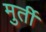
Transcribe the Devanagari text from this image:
मुर्तीं